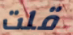
قلت